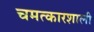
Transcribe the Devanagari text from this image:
चमत्कारशाली